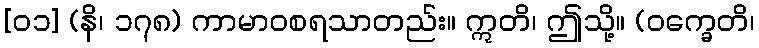
[၀၁] (နိ၊ ၁၇၈) ကာမာဝစရသာတည်း။ ဣတိ၊ ဤသို့။ (ဝက္ခေတိ၊